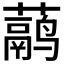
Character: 𬟁